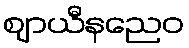
ဈာယီနညေဝ